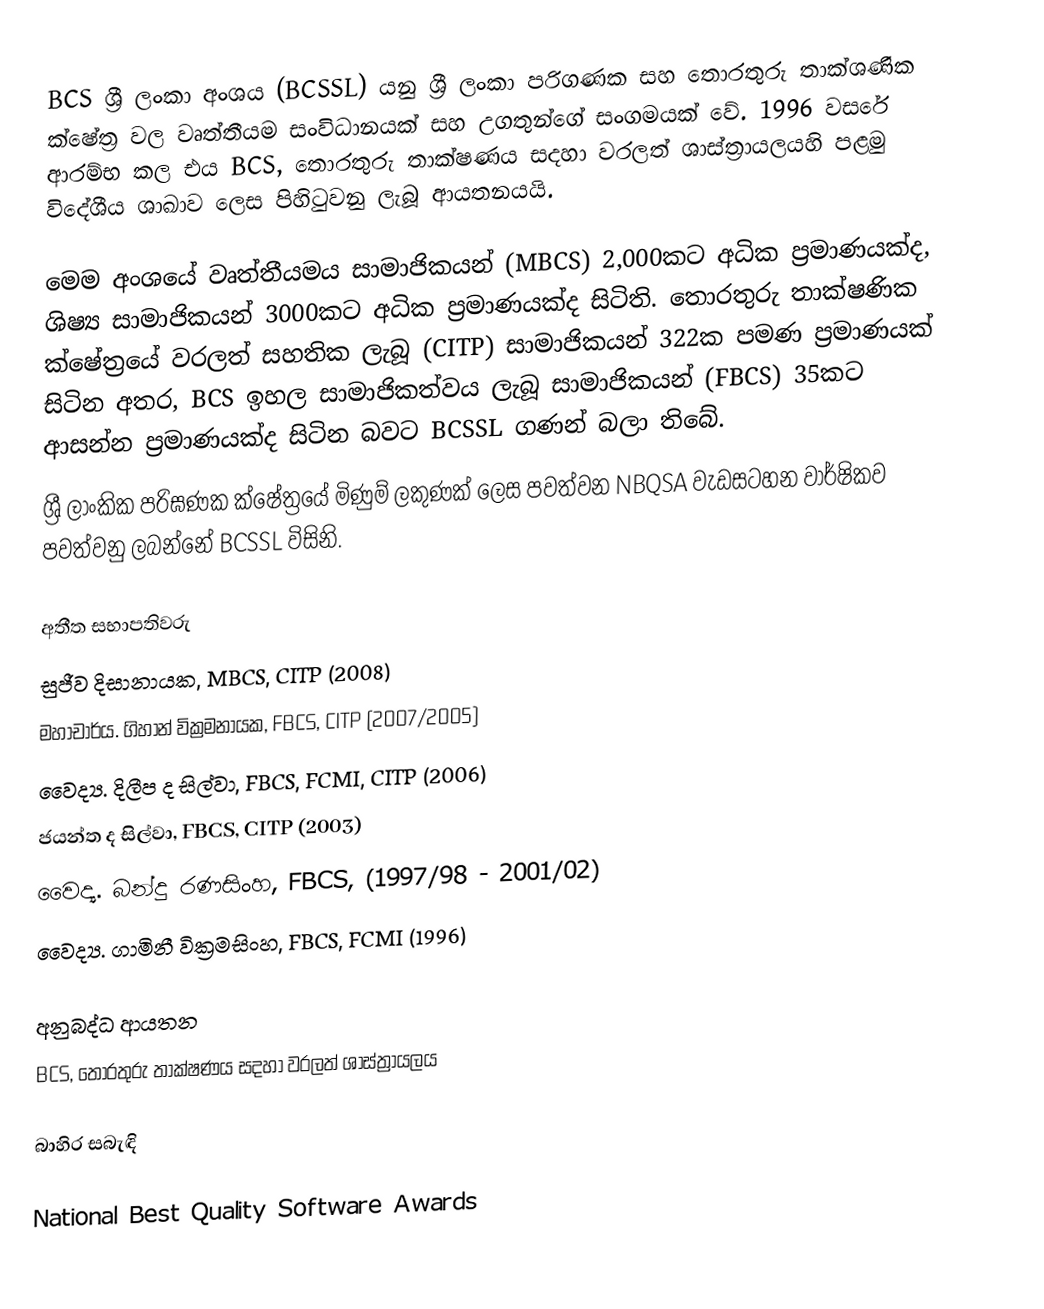
BCS ශ්‍රී ලංකා අංශය (BCSSL) යනු ශ්‍රී ලංකා පරිගණක සහ තොරතුරු තාක්ශණික ක්ෂේත්‍ර වල වෘත්තීයම සංවිධානයක් සහ උගතුන්ගේ සංගමයක් වේ. 1996 වසරේ ආරම්භ කල එය BCS, තොරතුරු තාක්ෂණය සදහා වරලත් ශාස්ත්‍රායලයහි පළමු විදේශීය ශාඛාව ලෙස පිහිටුවනු ලැබූ ආයතනයයි.

මෙම අංශයේ වෘත්තීයමය සාමාජිකයන් (MBCS) 2,000කට අධික ප්‍රමාණයක්ද, ශිෂ්‍ය සාමාජිකයන් 3000කට අධික ප්‍රමාණයක්ද සිටිති. තොරතුරු තාක්ෂණික ක්ෂේත්‍රයේ වරලත් සහතික ලැබූ (CITP) සාමාජිකයන් 322ක පමණ ප්‍රමාණයක් සිටින අතර, BCS ඉහල සාමාජිකත්වය ලැබූ සාමාජිකයන් (FBCS) 35කට ආසන්න ප්‍රමාණයක්ද සිටින බවට BCSSL ගණන් බලා තිබේ.
ශ්‍රී ලාංකික පරිඝණක ක්ෂේත්‍රයේ මිණුම් ලකුණක් ලෙස පවත්වන NBQSA වැඩසටහන වාර්ෂිකව පවත්වනු ලබන්නේ BCSSL විසිනි.

අතීත සභාපතිවරු
 සුජීව දිසානායක, MBCS, CITP (2008)
 මහාචාර්ය. ගිහාන් වික්‍රමනායක, FBCS, CITP (2007/2005)
 වෛද්‍ය. දිලීප ද සිල්වා, FBCS, FCMI, CITP (2006)
 ජයන්ත ද සිල්වා, FBCS, CITP (2003)
 වෛද්‍ය. බන්දු රණසිංහ, FBCS, (1997/98 - 2001/02)
 වෛද්‍ය. ගාමිනී වික්‍රමසිංහ, FBCS, FCMI (1996)

අනුබද්ධ ආයතන
 BCS, තොරතුරු තාක්ෂණය සදහා වරලත් ශාස්ත්‍රායලය

බාහිර සබැඳි

National Best Quality Software Awards